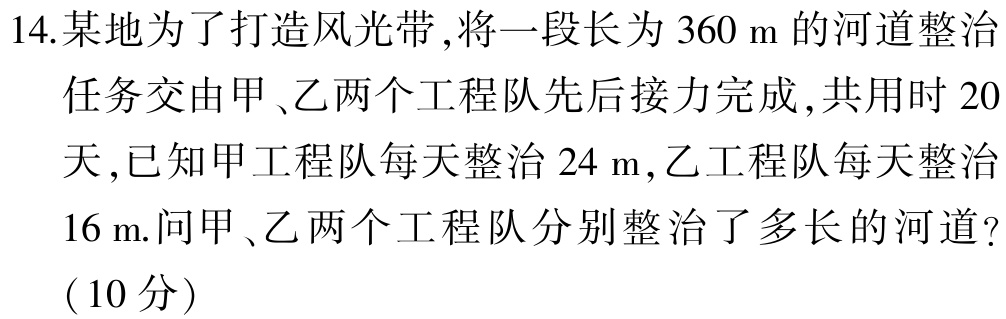
14. 某地为了打造风光带,将一段长为 \(360\mathrm{m}\) 的河道整治
任务交由甲、乙两个工程队先后接力完成, 共用时 \(20\)
天,已知甲工程队每天整治 \(24\mathrm{m}\),乙工程队每天整治
\(16\mathrm{m}\).问甲、乙两个工程队分别整治了多长的河道?
（10分）